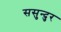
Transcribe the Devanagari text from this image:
ससुन्दुर